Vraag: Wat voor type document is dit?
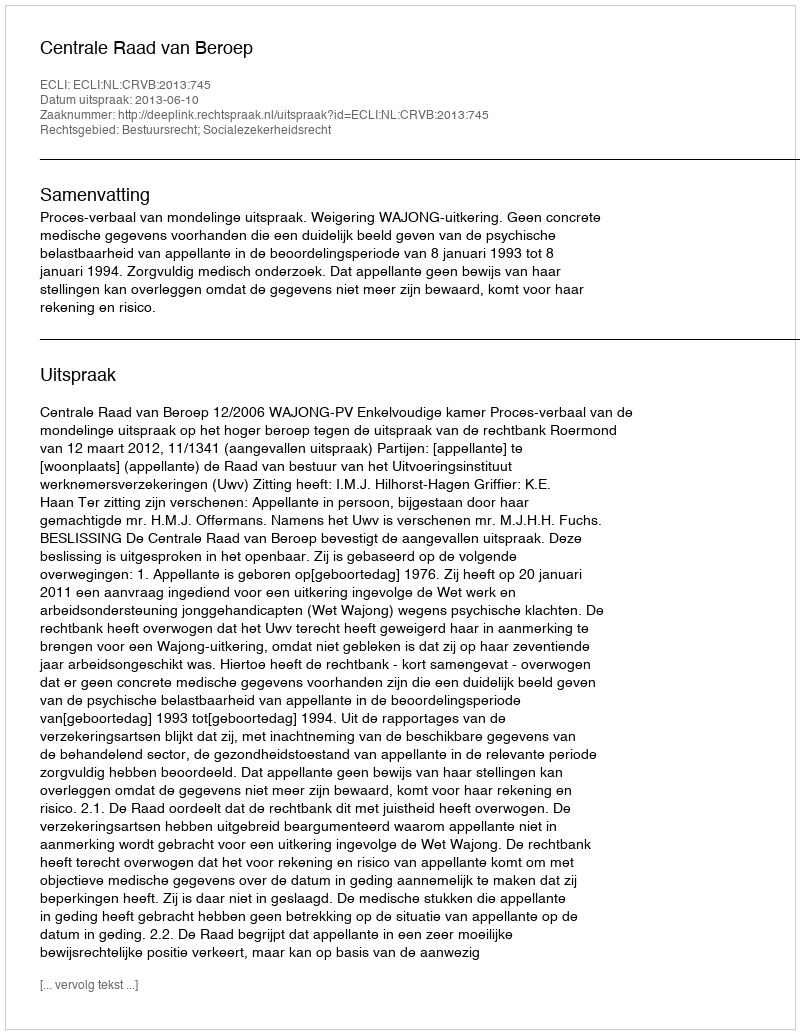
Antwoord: Uitspraak